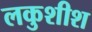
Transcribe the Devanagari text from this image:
लकुशीश